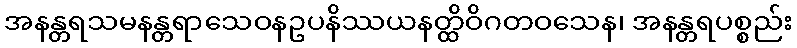
အနန္တရသမနန္တရာသေဝနဥပနိဿယနတ္ထိဝိဂတဝသေန၊ အနန္တရပစ္စည်း